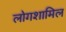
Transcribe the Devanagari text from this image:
लोगशामिल